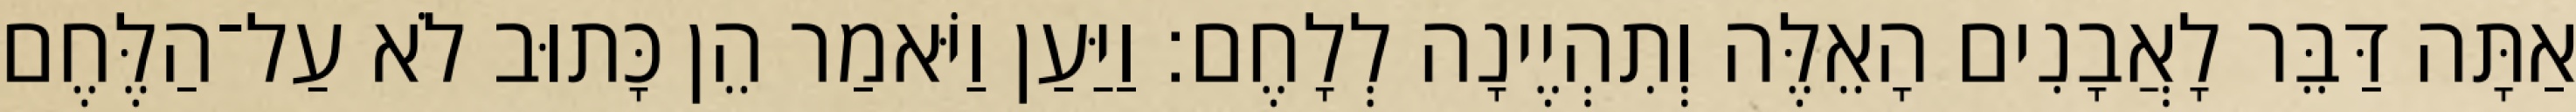
אַתָּה דַּבֵּר לָאֲבָנִים הָאֵלֶּה וְתִהְיֶינָה לְלָחֶם׃ וַיַּעַן וַיֹּאמַר הֵן כָּתוּב לֹא עַל־הַלֶּחֶם